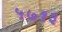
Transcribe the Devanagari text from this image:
५७१३